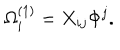
LaTeX: \Omega _ { i } ^ { ( 1 ) } = X _ { i j } \Phi ^ { j } .